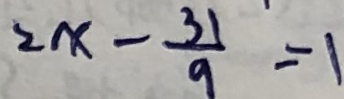
2 x - \frac { 3 1 } { 9 } = 1